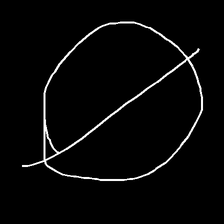
Glyph: orb